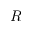
R